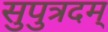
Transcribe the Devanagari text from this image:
सुपुत्रदम्